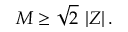
M \geq \sqrt { 2 } \, \left| Z \right| .